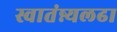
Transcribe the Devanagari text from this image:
स्वातंन्न्यलढा